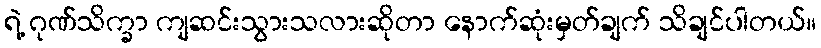
ရဲ့ ဂုဏ်သိက္ခာ ကျဆင်းသွားသလားဆိုတာ နောက်ဆုံးမှတ်ချက် သိချင်ပါတယ်။